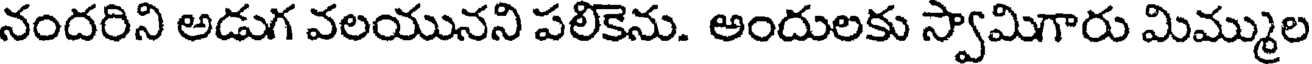
నందరిని అడుగ వలయునని పలికెను. అందులకు స్వామిగారు మిమ్ముల